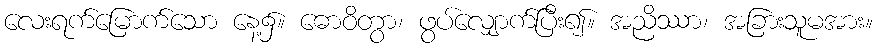
လေးရက်မြောက်သော နေ့၌။ ဓောဝိတွာ၊ ဖွပ်လျှောက်ပြီး၍။ အညိဿာ၊ အခြားသူမအား။